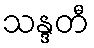
သန္ဒတီ